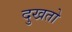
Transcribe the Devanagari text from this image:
दुखतो